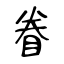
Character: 眷